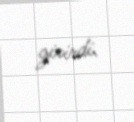
girirdi.